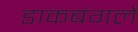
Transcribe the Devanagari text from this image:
डाकबंगले